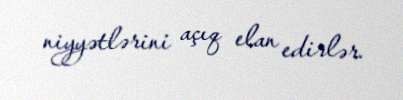
niyyətlərini açıq elan edirlər.